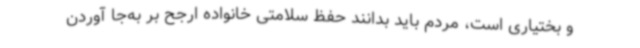
و بختیاری است، مردم باید بدانند حفظ سلامتی خانواده ارجح بر به‌جا آوردن